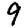
Digit: 9